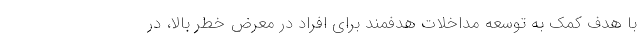
با هدف کمک به توسعه مداخلات هدفمند برای افراد در معرض خطر بالا، در